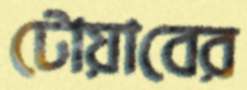
টোয়াবের